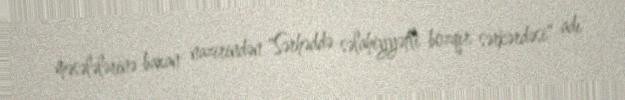
məsələlərinə baxan nazirindən "Sərhəddə səlahiyyətli bozqır sərkərdəsi" adı